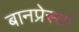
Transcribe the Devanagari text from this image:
बानप्रेस्टो